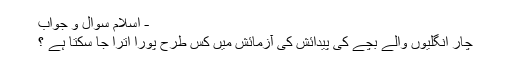
- اسلام سوال و جواب
چار انگليوں والے بچے كى پيدائش كى آزمائش ميں كس طرح پورا اترا جا سكتا ہے ؟